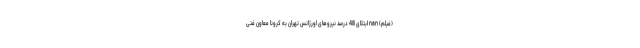
(فیلم) nan ابتلای 48 درصد نیروهای اورژانس تهران به کرونا معاون فنی